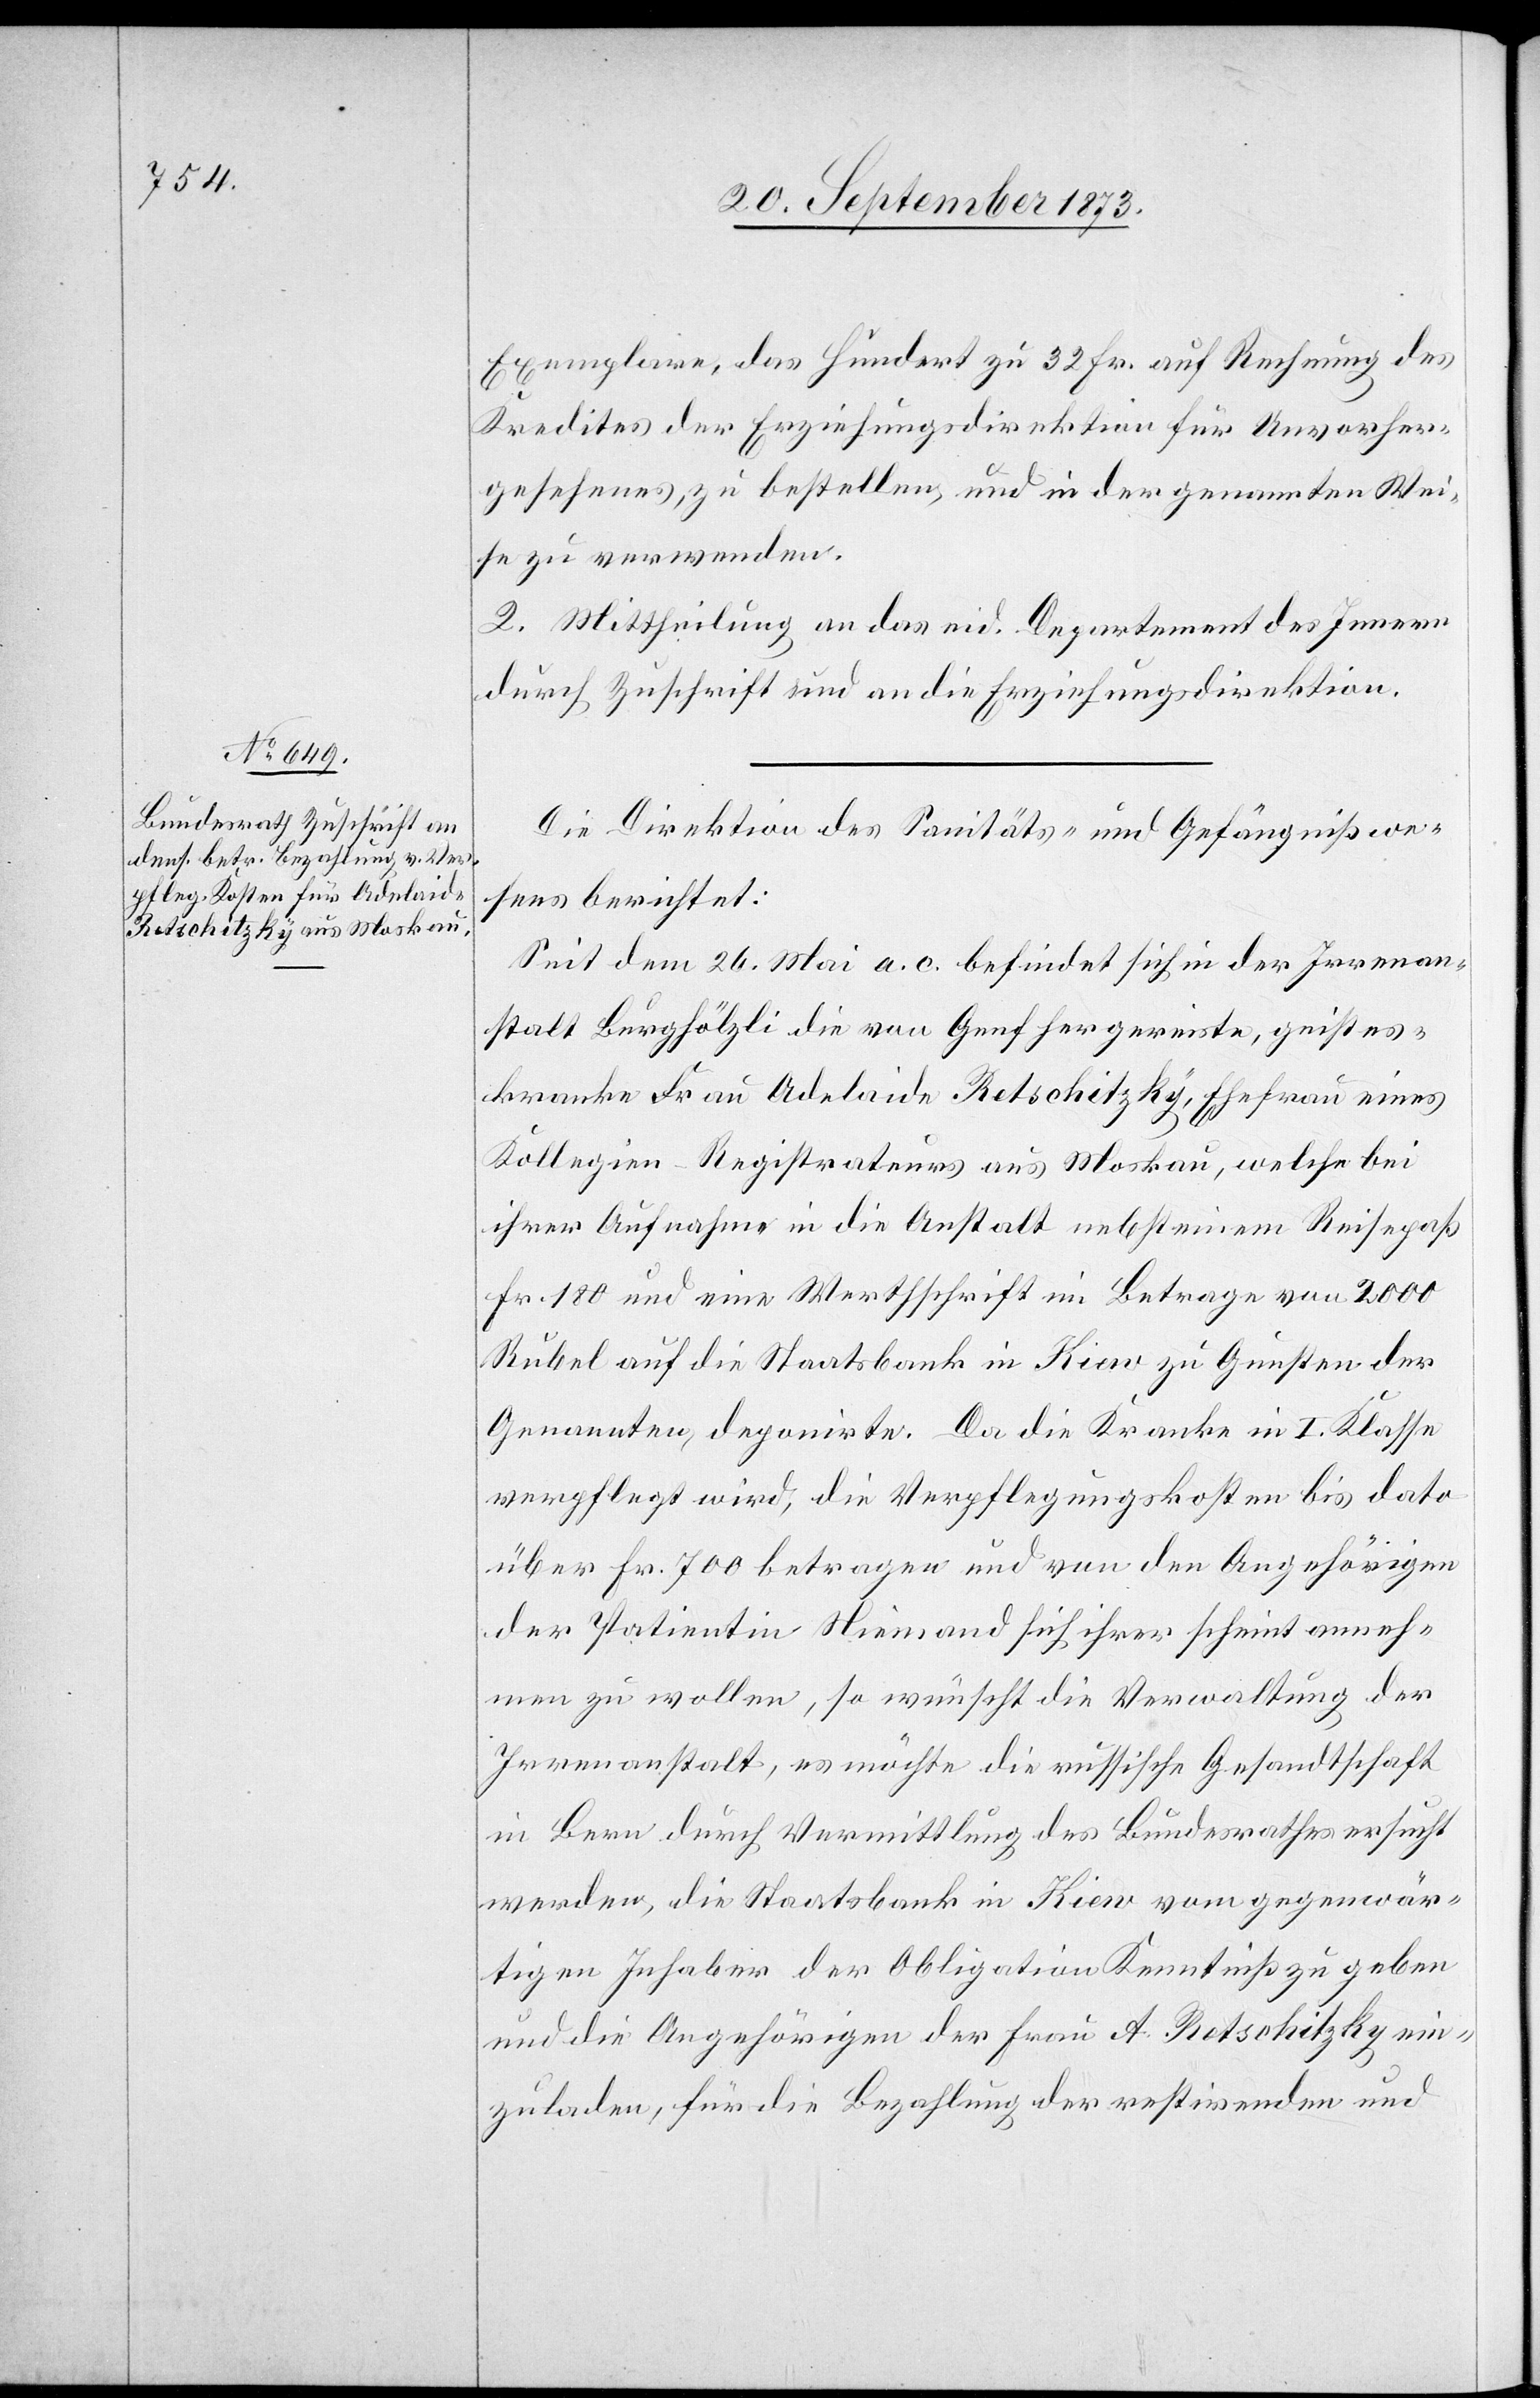
Exemplare, das Hundert zu 32 Fr. auf Rechnung des
Kredites der Erziehungsdirektion für Unvorher¬
gesehenes, zu bestellen, und in der genannten Wei¬
se zu verwenden.
2. Mittheilung an das eid. Departement des Innern
durch Zuschrift und an die Erziehungsdirektion.
Die Direktion des Sanitäts- und Gefängnißwe¬
sens berichtet:
Seit dem 26. Mai a. c. befindet sich in der Irrenan¬
stalt Burghölzli die von Genf hergereiste, geistes¬
kranke Frau Adelaide Retschitzky, Ehefrau eines
Kollegien-Registrateurs aus Moskau, welche bei
ihrer Aufnahme in die Anstalt nebst einem Reisepaß
Fr. 180 und eine Werthschrift im Betrage von 2 000
Rubel auf die Staatsbank in Kiew zu Gunsten der
Genannten, deponirte. Da die Kranke in I. Klasse
verpflegt wird, die Verpflegungskosten bis dato
über Fr. 700 betragen und von den Angehörigen
der Patientin Niemand sich ihrer scheint anneh¬
men zu wollen, so wünscht die Verwaltung der
Irrenanstalt, es möchte die russische Gesandtschaft
in Bern durch Vermittlung des Bundesrathes ersucht
werden, die [sic!] Staatsbank in Kiew vom gegenwär¬
tigen Inhaber der Obligation Kenntniß zu geben
und die Angehörigen der Frau A. Retschitzky ein¬
zuladen, für die Bezahlung der restirenden und